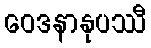
ဝေဒနာနုပဿီ